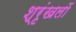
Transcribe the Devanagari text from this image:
श्रृंखलों